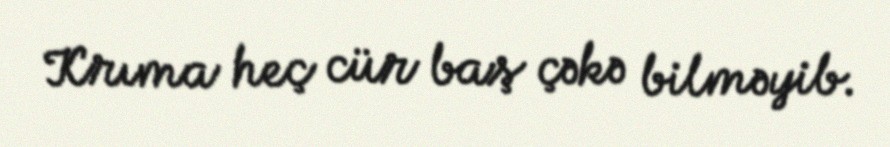
Krıma heç cür baş çəkə bilməyib.